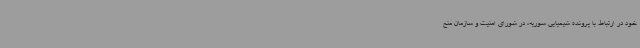
خود در ارتباط با پرونده شیمیایی سوریه، در شورای امنیت و سازمان منع